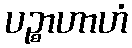
ပဉ္စာဟာဟံ